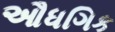
ઔધગિક